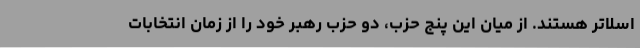
اسلاتر هستند. از میان این پنج حزب، دو حزب رهبر خود را از زمان انتخابات